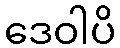
ဒေဝါပိ